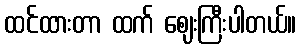
ထင်ထားတာ ထက် ဈေးကြီးပါတယ်။